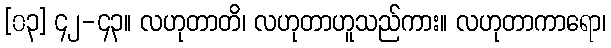
[၀၃] ၄၂-၄၃။ လဟုတာတိ၊ လဟုတာဟူသည်ကား။ လဟုတာကာရော၊